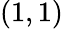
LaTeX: (1,1)